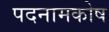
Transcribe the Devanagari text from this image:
पदनामकोष